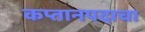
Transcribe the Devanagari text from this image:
कप्तानपदाचा